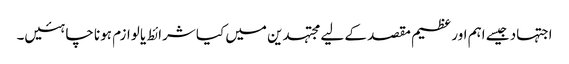
اجتہاد جیسے اہم اور عظیم مقصد کے لیے مجتہدین میں کیا شرائط یا لوازم ہونا چاہئیں۔